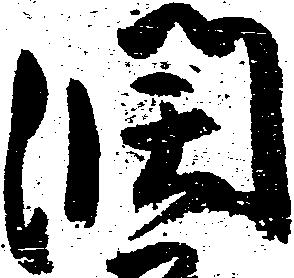
潤